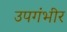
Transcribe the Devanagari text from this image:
उपगंभीर